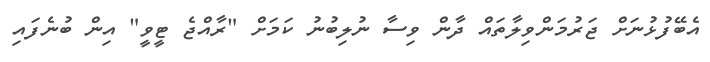
އެބޭފުޅުނަށް ޖަރުމަންވިލާތައް ދާން ވިސާ ނުލިބުނު ކަމަށް "ރާއްޖެ ޓީވީ" އިން ބުނެފައި